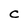
Character: C